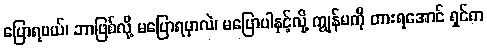
ပြောရမယ်၊ ဘာဖြစ်လို့ မပြောရမှာလဲ၊ မပြောပါနှင့်လို့ ကျွန်မကို တားရအောင် ရှင်က